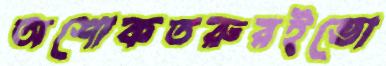
অশোকতরুরইভো